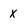
Character: x